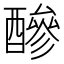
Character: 醦